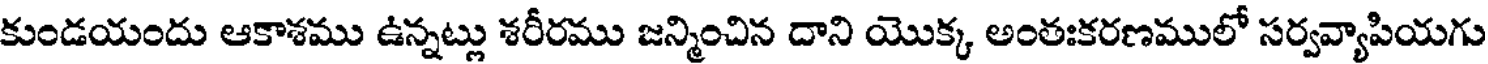
కుండయందు ఆకాశము ఉన్నట్లు శరీరము జన్మించిన దాని యొక్క అంతఃకరణములో సర్వవ్యాపియగు